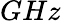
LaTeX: GHz